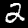
Label: 2